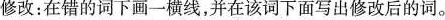
修改：在错的词下画一横线,并在该词下面写出修改后的词。